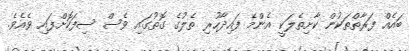
ބައެއް ފަރާތްތަކުން ކާށިތެލަކީ އެންމެ ފައިދާހުރި ތެލުގެ ގޮތުގައި ވެސް ސިފަކޮށްފައި ވެއެވެ.